Vaccination in Burma 1912-1922 - 1912-1922
Year: 1912
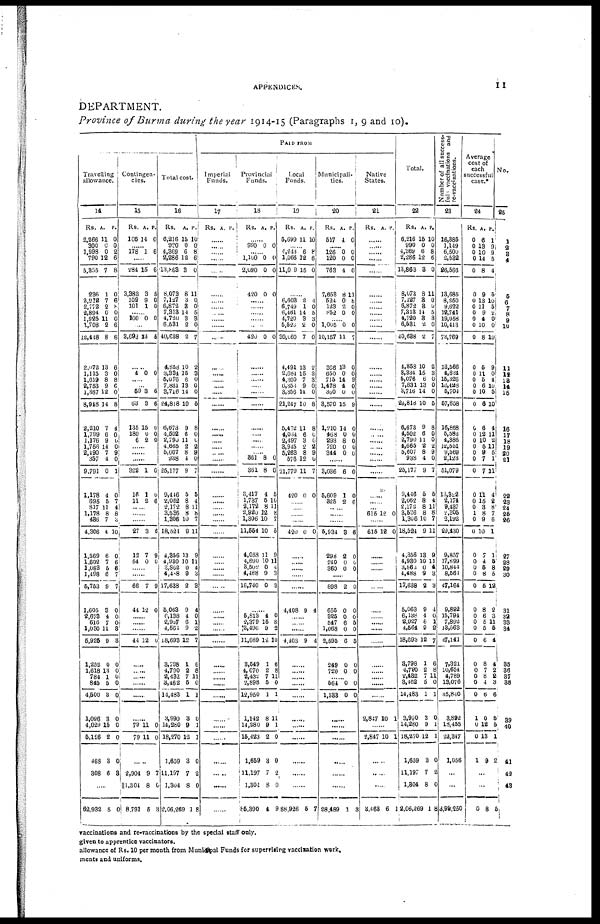
APPENDICES.
11
DEPARTMENT.
Province of Burma during the year 1914-15 (Paragraphs 1, 9 and 10).
PAID FROM
Travelling
allowance.
14
Rs.
2,266
300
1,998
790
5,355
236
2,912
2,772
2,894
1,925
1,708
12,448
2,072
1,115
1,619
2,753
1,387
8,948
2,210
1,799
1,176
1,756
2,490
357
9,791
1,178
695
817
1,178
436
4,306
1,569
1,602
1,083
1,498
5,753
1,605
2,678
616
1,030
5,925
1,252
1,618
784
845
4,500
1,096
4,029
5,126
468
308
A.
11
0
0
12
7
1
7
2
0
11
2
8
13
3
8
9
12
14
7
6
9
14
7
4
0
4
5
11
8
7
4
6
7
5
6
9
3
4
7
11
9
0
13
1
5
3
3
15
2
3
6
P.
0
0
2
6
8
0
6
8 0
0
6
8
6
0
8
6
0
8
4
0
0
0
9
0
1
0
7
4
8
3
10
0
6
6
7
7
0
0
0
3
3
0
0
0
0
0
0
0
0
0
3
....
62,932 5 0
Contingen-
cies.
15
Rs.
106
A.
14
P.
0
...... 178 1 6
......
284
3,383
109
101
15
3
9
1
6
6
0
0
...... 100 0 0
......
3,693 13 5
......
1 0 0
......
...... 59
63
135
180
6
3
3
15
0
2
6
6
0
0
0
......
......
......
322
16
11
1
1
2
0
0
6
......
......
......
27
12
54
3
7
0
6
9
0
......
......
66
44
7
12
9
0
......
......
......
44 12 0
......
......
......
......
......
......
79
79
11
11
0
0
......
2,904
|| 1,304
8,791
9
8
5
7
0
3
Total cost.
16
Rs.
6,216
990
4,369
2,286
13,863
8,073
7,127
6,872
7,313
4,720
6,531
40,638
4,858
3,334
5,076
7,831
3,716
24,818
6,678
4,502
2,790
4,665
5,607
938
25,177
9,446
2,062
2,172
3,536
1,306
18,524
4,356
4,930
3,862
1,488
17,638
5,063
6,138
2,927
4,564
18,693
3,798
1,790
2,432
3,462
14,483
3,990
14,280
18,270
1,659
11,197
1,304
2,06,269
A.
15
0
6
12
3
8
3
3
14
3
2
2
10
15
6
13
14
10
9
6
11
2
8
4
9
5
8
8
8
10
9
13
10
0
9
2
9
4
6
9
12
1
2
7
5
1
3
9
12
3
7
8
1
P.
10
0
8
6
0
11
0
0
5
3
0
7
2
3
0
0
0
5
8
0
0
2
9
0
7
5
4
11
8
7
11
9
11
4
3
3
1
0
1
2
7
6
8
11
0
1
0
1
1
0
2
0
8
Imperial
Funds.
17
Rs. A. P.
......
......
......
......
......
......
......
......
......
......
......
......
......
......
......
......
......
......
......
......
......
......
......
......
......
......
...... ......
......
......
......
......
......
......
......
......
......
......
......
......
......
......
......
......
......
......
......
......
......
......
......
......
......
Provincial
Funds.
18
Rs. A. P.
......
990 0 0
...... 1,100
2,090
420
0
0
0
0
0
0
......
......
......
......
......
420 0 0
......
......
......
......
......
......
......
...... ......
......
...... 361
361
3,417
1,737
2,172
2,920
1,306
11,554
4,058
4,690
3,502
1,488
16,740
8
8
4
5
8
12
10
10
11
10
0
9
0
0
0
5
10
11
8
7
5
9
11
4
3
3
......
5,813
2,379
3,496
11,689
3,549
1,070
2,432
2,898
12,950
1,142
14,280
15,423
1,659
11,197
1,304
85,390
4
15
9
12
1
2
7
5
1
8
9
2
3
7
8
4
0
8
2
10
6
8
11
0
1
11
1
0
0
2
0
9
Local
Funds.
19
Rs.
5,699
A.
11
P.
10
...... 4,243
1,066
11,009
6
12
15
8
6
0
......
6,603
6,749
6,461
4,720
5,520
30,060
4,491
2,684
4,360
6,353
3,356
21,247
5,462
4,034
2,497
3,945
5,263
576
21,779
420
2
1
14
3
2
7
13
15
7
9
14
10
11
6
3
2
8
12
11
0
4
0
5
3
0
0
2
3
3
0
0
8
8
0
0
2
9
0
7
0
......
......
......
......
420 0 0
......
......
......
......
......
4,408 9 4
......
......
......
4,408 9 4
......
......
......
......
.........
......
......
......
......
......
......
88,926 5 7
Municipali-
ties.
20
Rs.
517
A.
4
P.
0
...... 126
120
763
7,658
524
123
852
0
0
4
8
0
2
0
0
0
0
11
8 0
0
...... 1,005
10,157
366
650
715
1,478
360
3,570
1,210
468
293
720
344
0
11
13
0
14
4
0
15
14
0
8
0
0
0
7
0
0
9
0
0
9
0
0
0
0
0
......
3,036
5,609
325
6
1
2
0
0
6
......
......
......
5,934
298
240
360
3
2
0
0
6
0
0
0
......
898
655
325
547
1,068
2,595
249
720
2
0
0
6
0
6
0
0
0
0
0
5
0
5
0
0
......
564
1,533
0
0
0
0
......
......
......
......
......
......
28,489 1 3
Native
States.
21
Rs. A. P.
......
......
......
......
......
......
......
......
......
......
......
......
......
......
......
......
......
......
......
......
......
......
......
......
......
......
......
615 12 0
......
615 12 0
......
......
......
......
......
......
......
......
......
......
......
......
......
......
......
2,847 10 1
......
2,847 10 1
......
......
......
3,468 6 1
Total.
22
Rs.
6,216
990
4,369
2,286
13,863
8,073
7,127
6,872
7,313
4,720
6,531
40,638
4,858
3,334
5,076
7,831
3,716
24,818
6,673
4,502
2,790
4,665
5,607
938
25,177
9,446
2,062
2,172
3,536
1,306
18,524
4,356
4,930
3,862
4,488
17,638
5,063
6,138
2,927
4,564
18,693
3,798
4,790
2,432
3,462
14,483
3,990
14,280
18,270
1,659
11,197
1,304
2,06,269
A.
15
0
6
12
3
8
3
3
14
3
2
2
10
15
6
13
14
10
9
6
11
2
8
4
9
5
8
8
8
10
9
13
10
0
9
2
9
4
6
9
12
1
2
7
5
1
3
9
12
3
7
8
1
P.
10
0
8
6
0
11
0
0
5
3
0
7
2
3
0
0
0
5
8
0
0
2
9
0
7
5
4
11
8
7
11
9
11
4
3
3
4
0
1
2
7
6
8
11
0
1
0
1
1
0
2
0
8
Number of all success-
ful vaccinations and
re-vaccinations.
23
16,385
1,149
6,500
2,532
26,566
13,685
8,250
9,622
12,741
19,058
10,413
73,769
13,566
4,834
15,326
18,428
5,704
57,858
16,868
5,582
4,386
12,551
9,569
2,123
51,079
13,322
2,174
9,437
2,305
2,192
29,430
9,857
17,899
10,844
8,564
47,164
9,892
15,794
7,892
13,563
47,141
7,321
10,654
14789
13,076
35,840
3,892
18,455
22,347
1,056
......
...
3,92,250
Average
cost of
each
successful
case.*
24
Rs.
0
0
0
0
0
0
0
0
0
0
0
0
0
0
0
0
0
0
0
0
0
0
0
0
0
0
0
0
1
0
0
0
0
0
0
0
0
0
0
0
0
0
0
0
0
0
1
0
0
1
A.
6
13
10
14
8
9
13
11
9
4
10
8
5
11
5
6
10
6
6
12
10
5
9
7
7
11
15
3
8
9
10
7
4
5
8
5
8
6
5
5
6
8
7
8
4
6
0
12
13
9
P.
1
9
9
5
4
5
10
5
2
0
0
10
9
0
4
10
5
10
4
11
2
11
5
1
11
4
2
8
7
6
1
1
5
8
5
12
2
3
11
5
4
4
2
2
3
6
5
5
1
2
......
......
0 8 5
No.
25
1
2
3
4
......
5
6
7
8
9
10
......
11
12
13
14
15
16
17
18
19
20
21
......
22
23
24
25
26
27
28
29
30
31
32
33 34
35
36
37
38
39
40
41
42
43
vaccinations and re-vaccinations by the special staff only.
given to apprentice vaccinators.
allowance of Rs. 10 per month from Municipal Funds for supervising vaccination work.
ments and uniforms.